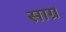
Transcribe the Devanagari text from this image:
साग्र